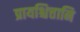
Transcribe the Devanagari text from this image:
प्रायश्चित्तानि